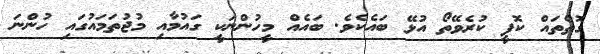
ގޮތްތައް ކޮޕީ ކުރެވޭތޯ އުޅޭ ބައެކެވެ. ބައެއް މީހުންނަކީ ގައުމާއި މުޖުތަމައުގައި ހުންނަ